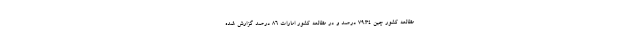
مطالعه کشور چین ۷۹.۳۴ درصد و در مطالعه کشور امارات ۸۶ درصد گزارش شده